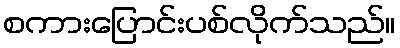
စကားပြောင်းပစ်လိုက်သည်။